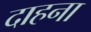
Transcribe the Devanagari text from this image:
दाहना